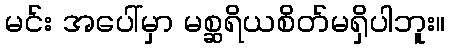
မင်း အပေါ်မှာ မစ္ဆရိယစိတ်မရှိပါဘူး။